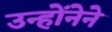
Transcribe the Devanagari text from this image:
उन्होंनेने